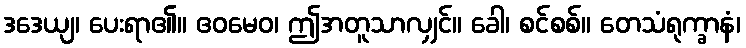
ဒဒေယျ၊ ပေးရာ၏။ ဧဝမေဝ၊ ဤအတူသာလျှင်။ ခေါ၊ စင်စစ်။ တေသံရုက္ခာနံ၊